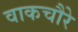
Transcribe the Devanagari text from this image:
वाकचौरे